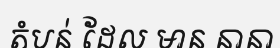
តំបន់ ដែល មាន នានា